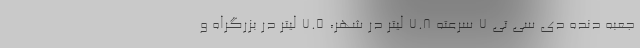
جعبه دنده دی سی تی 7 سرعته 7.8 لیتر در شهر، 7.5 لیتر در بزرگراه و